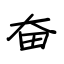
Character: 奋